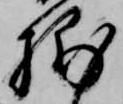
捕